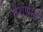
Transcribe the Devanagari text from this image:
देशणोक